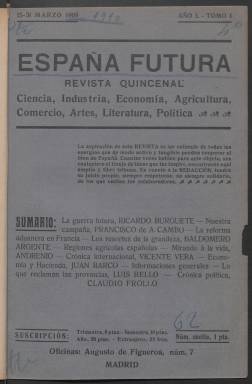
Título: España futura
Colección: Cultura
Ámbito geográfico: Madrid
Lugar de publicación: Madrid
Fechas: 15/03/1909-01/02/1910